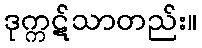
ဒုက္ကဋ်သာတည်း။